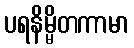
ပရနိမ္မိတကာမာ